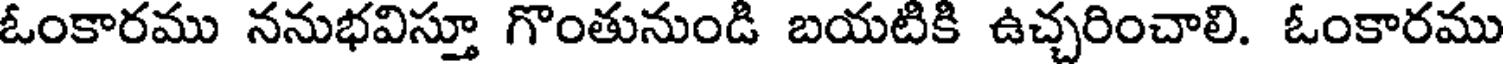
ఓంకారము ననుభవిస్తూ గొంతునుండి బయటికి ఉచ్చరించాలి. ఓంకారము